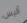
أليس